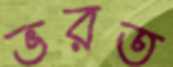
ভরত